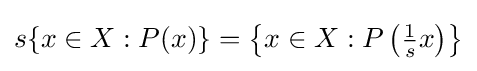
s\{x\in X:P(x)\}=\left\{x\in X:P\left({\tfrac {1}{s}}x\right)\right\}